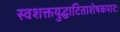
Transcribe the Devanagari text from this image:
स्वशक्तयुद्धाटिताशेषकपाटः